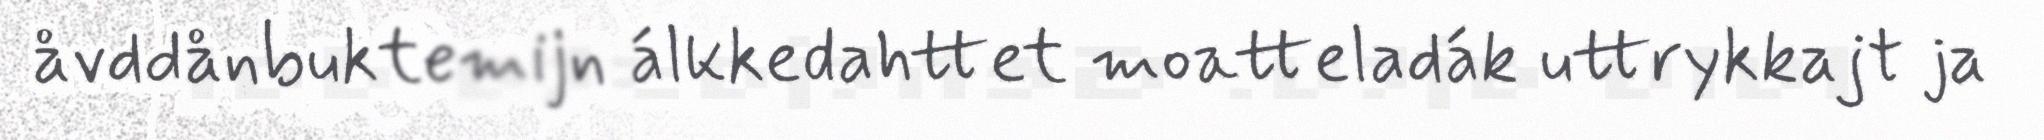
åvddånbuktemijn álkkedahttet moatteladák uttrykkajt ja